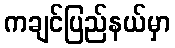
ကချင်ပြည်နယ်မှာ